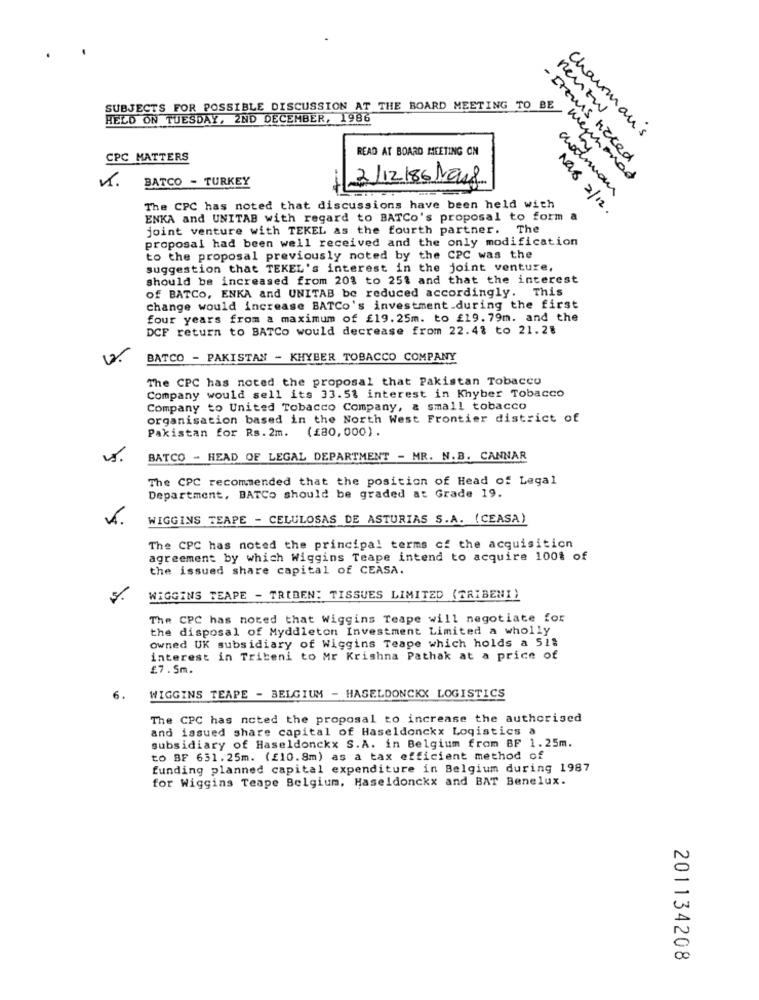
SUBJECTS FOR POSSIBLE DISCUSSION AT THE BOARD MEETING TO BE
rentw
HELD ON TUESDAY, 2ND DECEMBER, 1986
Chairman's
READ AT BOARD MEETING ON
CPC MATTERS
- Items haced
by
BATCO - TURKEY
2/12/86 Mauf
wennoned
The CPC has noted that discussions have been held with
Nao 2/12.
ENKA and UNITAB with regard to BATCo's proposal to form
joint venture with TEKEL as the fourth partner. The
proposal had been well received and the only modification
to the proposal previously noted by the CPC was the
suggestion that TEKEL's interest in the joint venture,
should be increased from 203 to 25% and that the interest
of BATCO, ENKA and UNITAB be reduced accordingly. This
change would increase BATCo's investment.during the first
four years from a maximum of £19.25m. to £19.79m. and the
DCF return to BATCo would decrease from 22.48 to 21.28
BATCO - PAKISTAN - KHYBER TOBACCO COMPANY
The CPC has noted the proposal that Pakistan Tobacco
Company would sell its 33.5% interest in Khyber Tobacco
Company to United Tobacco Company, a small tobacco
organisation based in the North West Frontier district of
Pakistan for Rs.2m. (£80, 000) .
BATCO - HEAD OF LEGAL DEPARTMENT - MR. N.B. CANNAR
The CPC recommended that the position of Head of Legal
Department, BATCo should be graded at Grade 19.
WIGGINS TEAPE - CELULOSAS DE ASTURIAS S.A. (CEASA)
The CPC has noted the principal terms of the acquisition
agreement by which Wiggins Teape intend to acquire 100% of
the issued share capital of CEASA.
WIGGINS TEAPE - TRIDEN: TISSUES LIMITED (TRIBENI)
The CPC has noted that Wiggins Teape will negotiate for
the disposal of Myddleton Investment Limited a wholly
owned UK subsidiary of Wiggins Teape which holds a 518
interest in Tribeni to Mr Krishna Pathak at a price of
£7.5m.
6.
WIGGINS TEAPE - BELGIUM - HASELDONCKX LOGISTICS
The CPC has noted the proposal to increase the authorised
and issued share capital of Haseldonckx Logistics a
subsidiary of Haseldonckx S.A. in Belgium from BF 1.25m.
to BF 651.25m. (£10.8m) as a tax efficient method of
funding planned capital expenditure in Belgium during 1987
for Wiggins Teape Belgium, Haseldonckx and BAT Benelux.
201134208